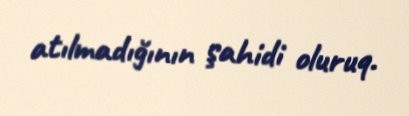
atılmadığının şahidi oluruq.